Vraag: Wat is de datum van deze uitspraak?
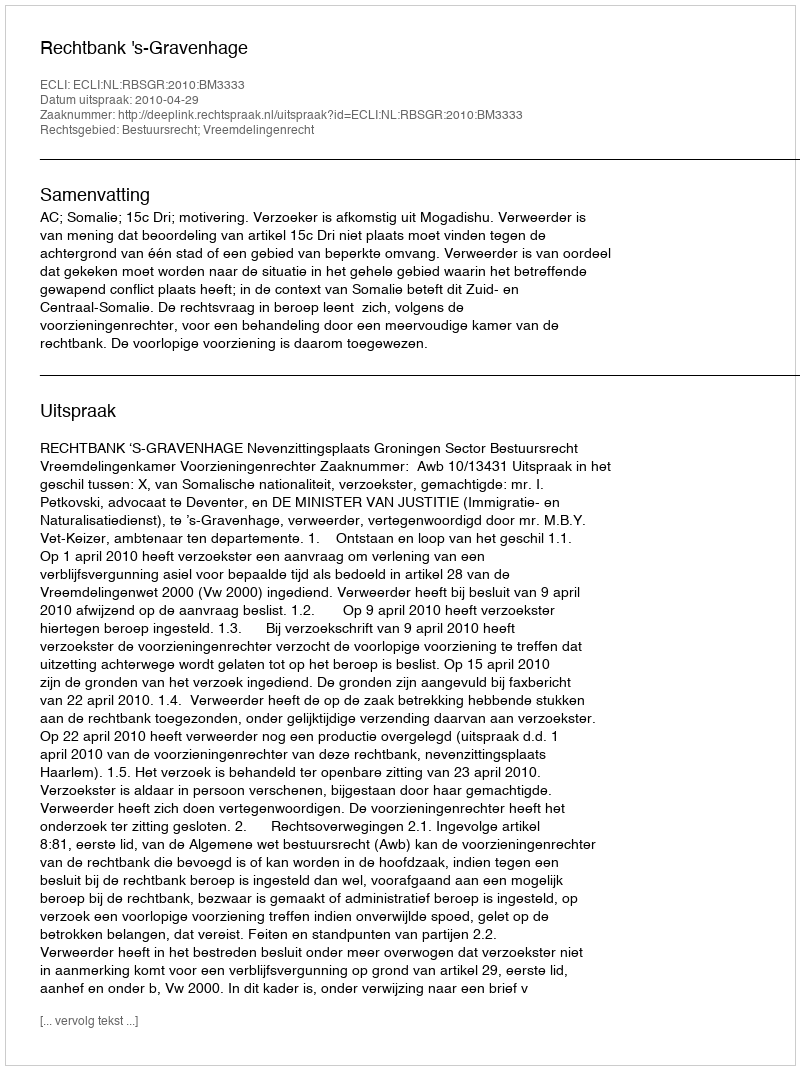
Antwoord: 2010-04-29